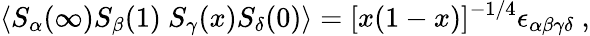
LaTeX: \langle S_{\alpha}(\infty)S_{\beta}(1)\ S_{\gamma}(x)S_{\delta}(0)\rangle=[x(1-x)]^{-1/4}\epsilon_{\alpha\beta\gamma\delta}\ ,